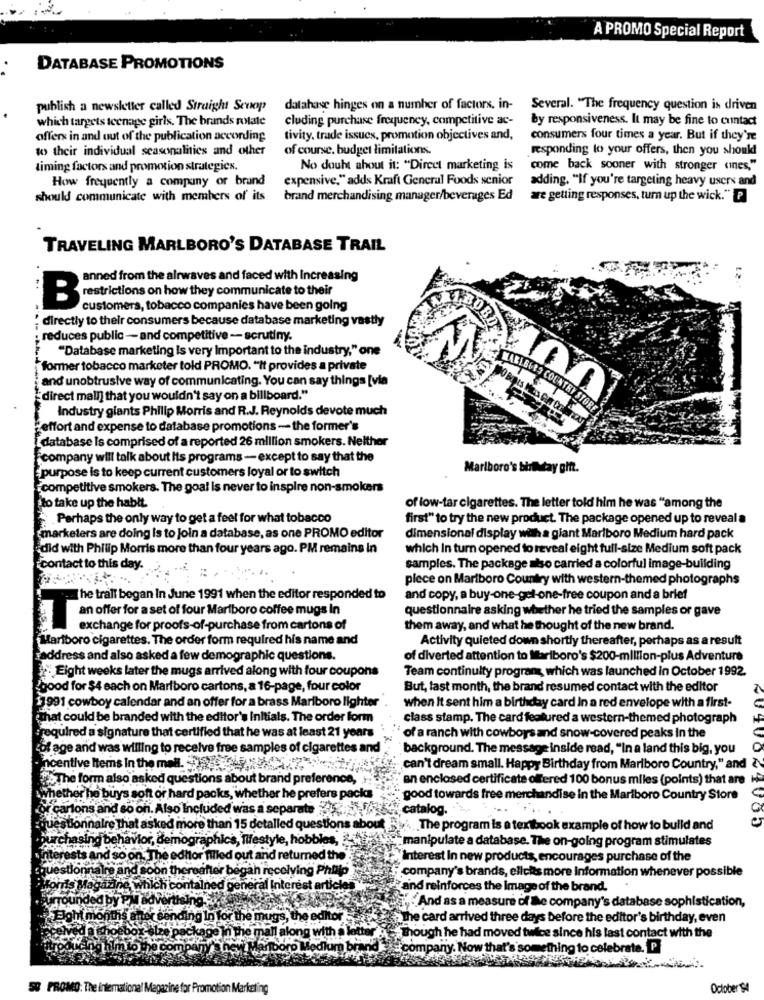
A PROMO Special Report
DATABASE PROMOTIONS
publish a newsletter called Straight Scoop
database hinges on a number of factors, in-
Several. "The frequency question is driven
which targets teenage girls. The brands rotate
cluding purchase frequency, competitive ac-
by responsiveness. It may be fine to contact
offers in and out of the publication according
tivity, trade issues, promotion objectives and,
consumers four times a year. But if they're
to their individual seasonalities and other
of course, budget limitations.
responding to your offers, then you should
timing factors and promotion strategies.
No doubt about it: "Direct marketing is
come back sooner with stronger ones,"
How frequently a company or brand
expensive," adds Kraft General Foods senior
adding. "If you're targeting heavy users and
should communicate with members of its
brand merchandising manager/beverages Ed
are getting responses, turn up the wick." P
TRAVELING MARLBORO'S DATABASE TRAIL
anned from the airwaves and faced with Increasing
restrictions on how they communicate to their
customers, tobacco companies have been going
: directly to their consumers because database marketing vastly
BOBO
reduces public -- and competitive - scrutiny.
"Database marketing is very Important to the industry," one
former tobacco marketer told PROMO. "It provides a private
and unobtrusive way of communicating. You can say things [via
direct mail] that you wouldn't say on a billboard."
Industry giants Philip Morris and R.J. Reynolds devote much
MAXI.6683 COUNTRY STORE
effort and expense to database promotions - the former's
database is comprised of a reported 26 million smokers. Neither
company will talk about Its programs - except to say that the
purpose is to keep current customers loyal or to switch
Marlboro's birMtay gift.
competitive smokers. The goal is never to inspire non-smokers
to take up the habit.
of low-tar cigarettes. The letter told him he was "among the
Perhaps the only way to get a feel for what tobacco
first" to try the new product. The package opened up to reveal a
marketers are doing is to Join a database, as one PROMO editor
dimensional display with a giant Marlboro Medium hard pack
did with Philip Morris more than four years ago. PM remains In
which In turn opened to reveal eight full-size Medium soft pack
contact to this day.
samples. The package niso carried a colorful image-building
piece on Mariboro Country with western-themed photographs
The trall began In June 1991 when the editor responded to
and copy, a buy-one-gel-one-free coupon and a brief
questionnaire asking whether he tried the samples or gave
an offer for a set of four Marlboro coffee mugs in
exchange for proofs-of-purchase from cartons of
them away, and what he thought of the new brand.
Marlboro cigarettes. The order form required his name and
Activity quieted down shortly thereafter, perhaps as a result
address and also asked a few demographic questions.
of diverted attention to Mariboro's $200-million-plus Adventure
:Eight weeks later the mugs arrived along with four coupons
Team continuity progrant, which was launched in October 1992.
good for $4 each on Marlboro cartons, a 16-page, four color
But, last month, the brand resumed contact with the editor
1991 cowboy calendar and an offer for a brass Marlboro lighter
when It sent him a birthday card In a red envelope with a first-
it could be branded with the editor's Initials. The order form
class stamp. The card featured a western-themed photograph
quired a signature that certified that he was at least 21 years
of a ranch with cowboys and snow-covered peaks in the
age and was willing to receive free samples of cigarettes and
background. The message inside read, "In a land this big, you
Ive Items In the mall.
can't dream small. Happy Birthday from Marlboro Country," and
.Th
form also asked questions about brand preference,
en enclosed certificate offered 100 bonus miles (points) that are
hether he buys
ft or hard packs, whether he prefers packs
good towards free merchandise in the Marlboro Country Store
ns and so
Also Included was a separate
catalog.
halre
sked more than 15 detalled questions about
The program is a textbook example of how to build and
purchasing beha
or, demog
raphic's, lifestyle, hobbies,
manipulate a database. The on-going program stimulates
and &
d returned the
Interest In new products, encourages purchase of the
company's brands, elleits more Information whenever possible
colving Philo
and reinforces the Image of the brand.
ided by
And as a measure of the company's database sop
tion,
the
The card arrived three days before the editor's birthday, even
with a lot
Though he had moved twice since his last contact with the
company. Now that's something to celebrate. P
50 PROMO: The international Magazine for Promotion Marketing
October 94